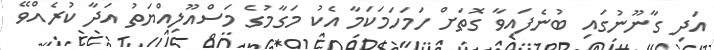
އަދި ގާނޫނުގައި ބުނެފައިވާ ގޮތަށް ހަމަހަމަކަމާ އެކު މަގާމުގެ މަސްއޫލިއްޔަތު އަދާ ކުރެއްވޭ